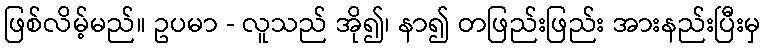
ဖြစ်လိမ့်မည်။ ဥပမာ - လူသည် အို၍၊ နာ၍ တဖြည်းဖြည်း အားနည်းပြီးမှ